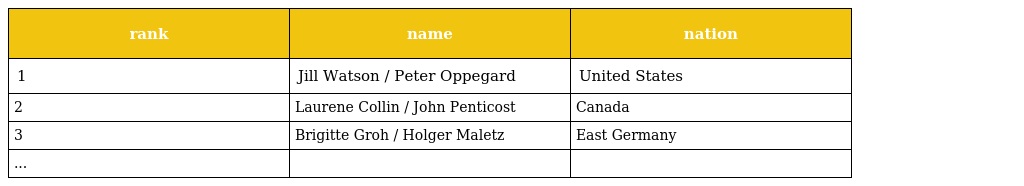
| rank | name | nation |
 | --- | --- | --- |
 | 1 | Jill Watson / Peter Oppegard | United States |
 | 2 | Laurene Collin / John Penticost | Canada |
 | 3 | Brigitte Groh / Holger Maletz | East Germany |
 | ... |  |  |